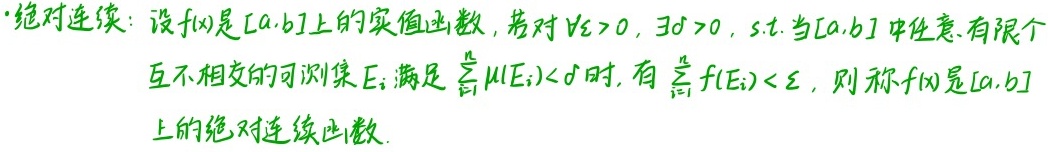
绝对连续：设$f(x)$是$[a,b]$上的实值函数，若对$\forall \varepsilon > 0$，$\exists \delta > 0$，s.t. 当$[a,b]$中任意有限个互不相交的可测集$E_i$满足$\sum_{i = 1}^{n} \mu(E_i) < \delta$时，有$\sum_{i = 1}^{n} |f(E_i)| < \varepsilon$，则称$f(x)$是$[a,b]$上的绝对连续函数.